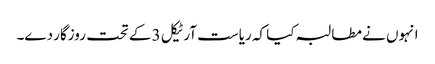
انہوں نے مطالبہ کیا کہ ریاست آرٹیکل 3 کے تحت روزگار دے۔